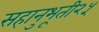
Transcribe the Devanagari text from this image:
सहानुभूती२५